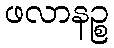
ဖလာနဉ္စ